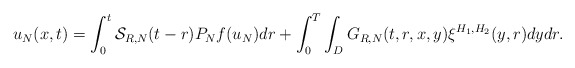
\begin{align*}u_{N}(x,t)=\int_{0}^{t}\mathcal{S}_{R,N}(t-r)P_{N}f(u_{N})dr+\int_{0}^{T}\int_{D}G_{R,N}(t,r,x,y)\xi^{H_{1},H_{2}}(y,r)dydr.\end{align*}